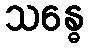
သန္ဓေ